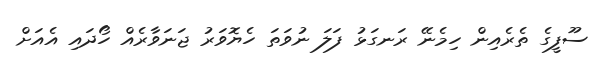
ސޫފީގެ ތެރެއިން ހިމެނޭ ރަނގަޅު ފަލަ ނުވަތަ ހެޔޮވަރު ޖަނަވާރެއް ހޯދައި އެއަށް